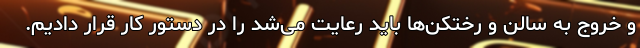
و خروج به سالن و رختکن‌ها باید رعایت می‌شد را در دستور کار قرار دادیم.